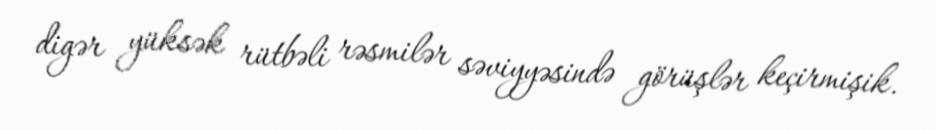
digər yüksək rütbəli rəsmilər səviyyəsində görüşlər keçirmişik.